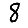
Digit: 8